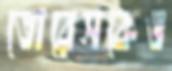
তোরেসকেও